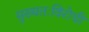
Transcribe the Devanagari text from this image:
मुख्यतःविरोधी